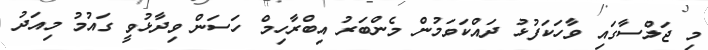
މި ޖަލްސާގައި ވާހަކަފުޅު ދައްކަަވަމުން މެންބަރު އިބްރާހިމް ހަސަން ވިދާޅުވީ ގައުމު މިއަދު